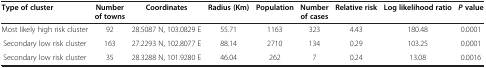
<table><thead><tr><td><b>Type of cluster</b></td><td><b>Number of towns</b></td><td><b>Coordinates</b></td><td><b>Radius (Km)</b></td><td><b>Population</b></td><td><b>Number of cases</b></td><td><b>Relative risk</b></td><td><b>Log likelihood ratio</b></td><td><b><i>P</i>value</b></td></tr></thead><tbody><tr><td>Most likely high risk cluster</td><td>92</td><td>28.5087 N, 103.0829 E</td><td>55.71</td><td>1163</td><td>323</td><td>4.43</td><td>180.48</td><td>0.0001</td></tr><tr><td>Secondary low risk cluster</td><td>163</td><td>27.2293 N, 102.8077 E</td><td>88.14</td><td>2710</td><td>134</td><td>0.29</td><td>103.25</td><td>0.0001</td></tr><tr><td>Secondary low risk cluster</td><td>35</td><td>28.3288 N, 101.9280 E</td><td>46.04</td><td>262</td><td>7</td><td>0.24</td><td>13.08</td><td>0.0016</td></tr></tbody></table>